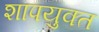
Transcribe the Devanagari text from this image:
शापयुक्‍त